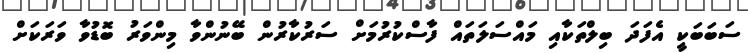
ސަބަބަކީ އެފަދަ ބިލްތަކާއި މައްސަލަތައް ފާސްކުރުމަށް ސަރުކާރުން ބޭނުންވާ މިންވަރު ބޮޑުވާ ވަރަކަށް